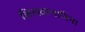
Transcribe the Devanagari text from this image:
शिरस्त्राणाविना